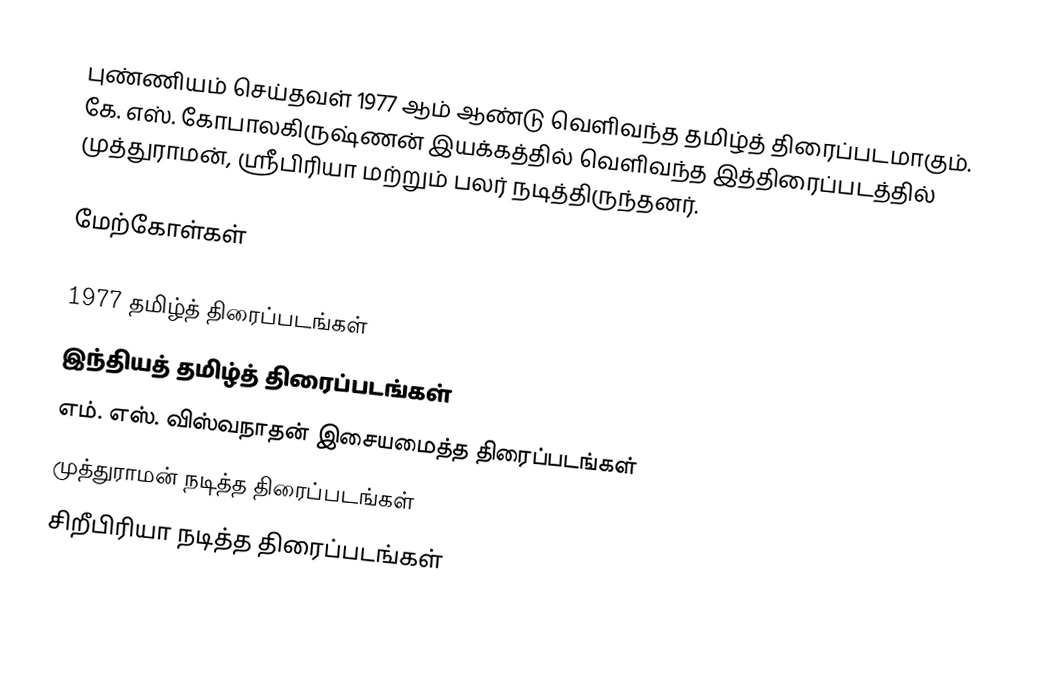
புண்ணியம் செய்தவள் 1977 ஆம் ஆண்டு வெளிவந்த தமிழ்த் திரைப்படமாகும். கே. எஸ். கோபாலகிருஷ்ணன் இயக்கத்தில் வெளிவந்த இத்திரைப்படத்தில் முத்துராமன், ஸ்ரீபிரியா மற்றும் பலர் நடித்திருந்தனர்.

மேற்கோள்கள்

1977 தமிழ்த் திரைப்படங்கள்
இந்தியத் தமிழ்த் திரைப்படங்கள்
எம். எஸ். விஸ்வநாதன் இசையமைத்த திரைப்படங்கள்
முத்துராமன் நடித்த திரைப்படங்கள்
சிறீபிரியா நடித்த திரைப்படங்கள்